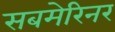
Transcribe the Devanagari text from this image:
सबमेरिनर